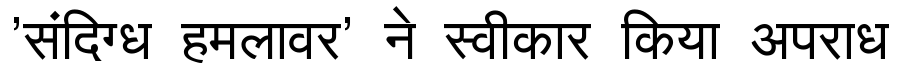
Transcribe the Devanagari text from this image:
'संदिग्ध हमलावर' ने स्वीकार किया अपराध